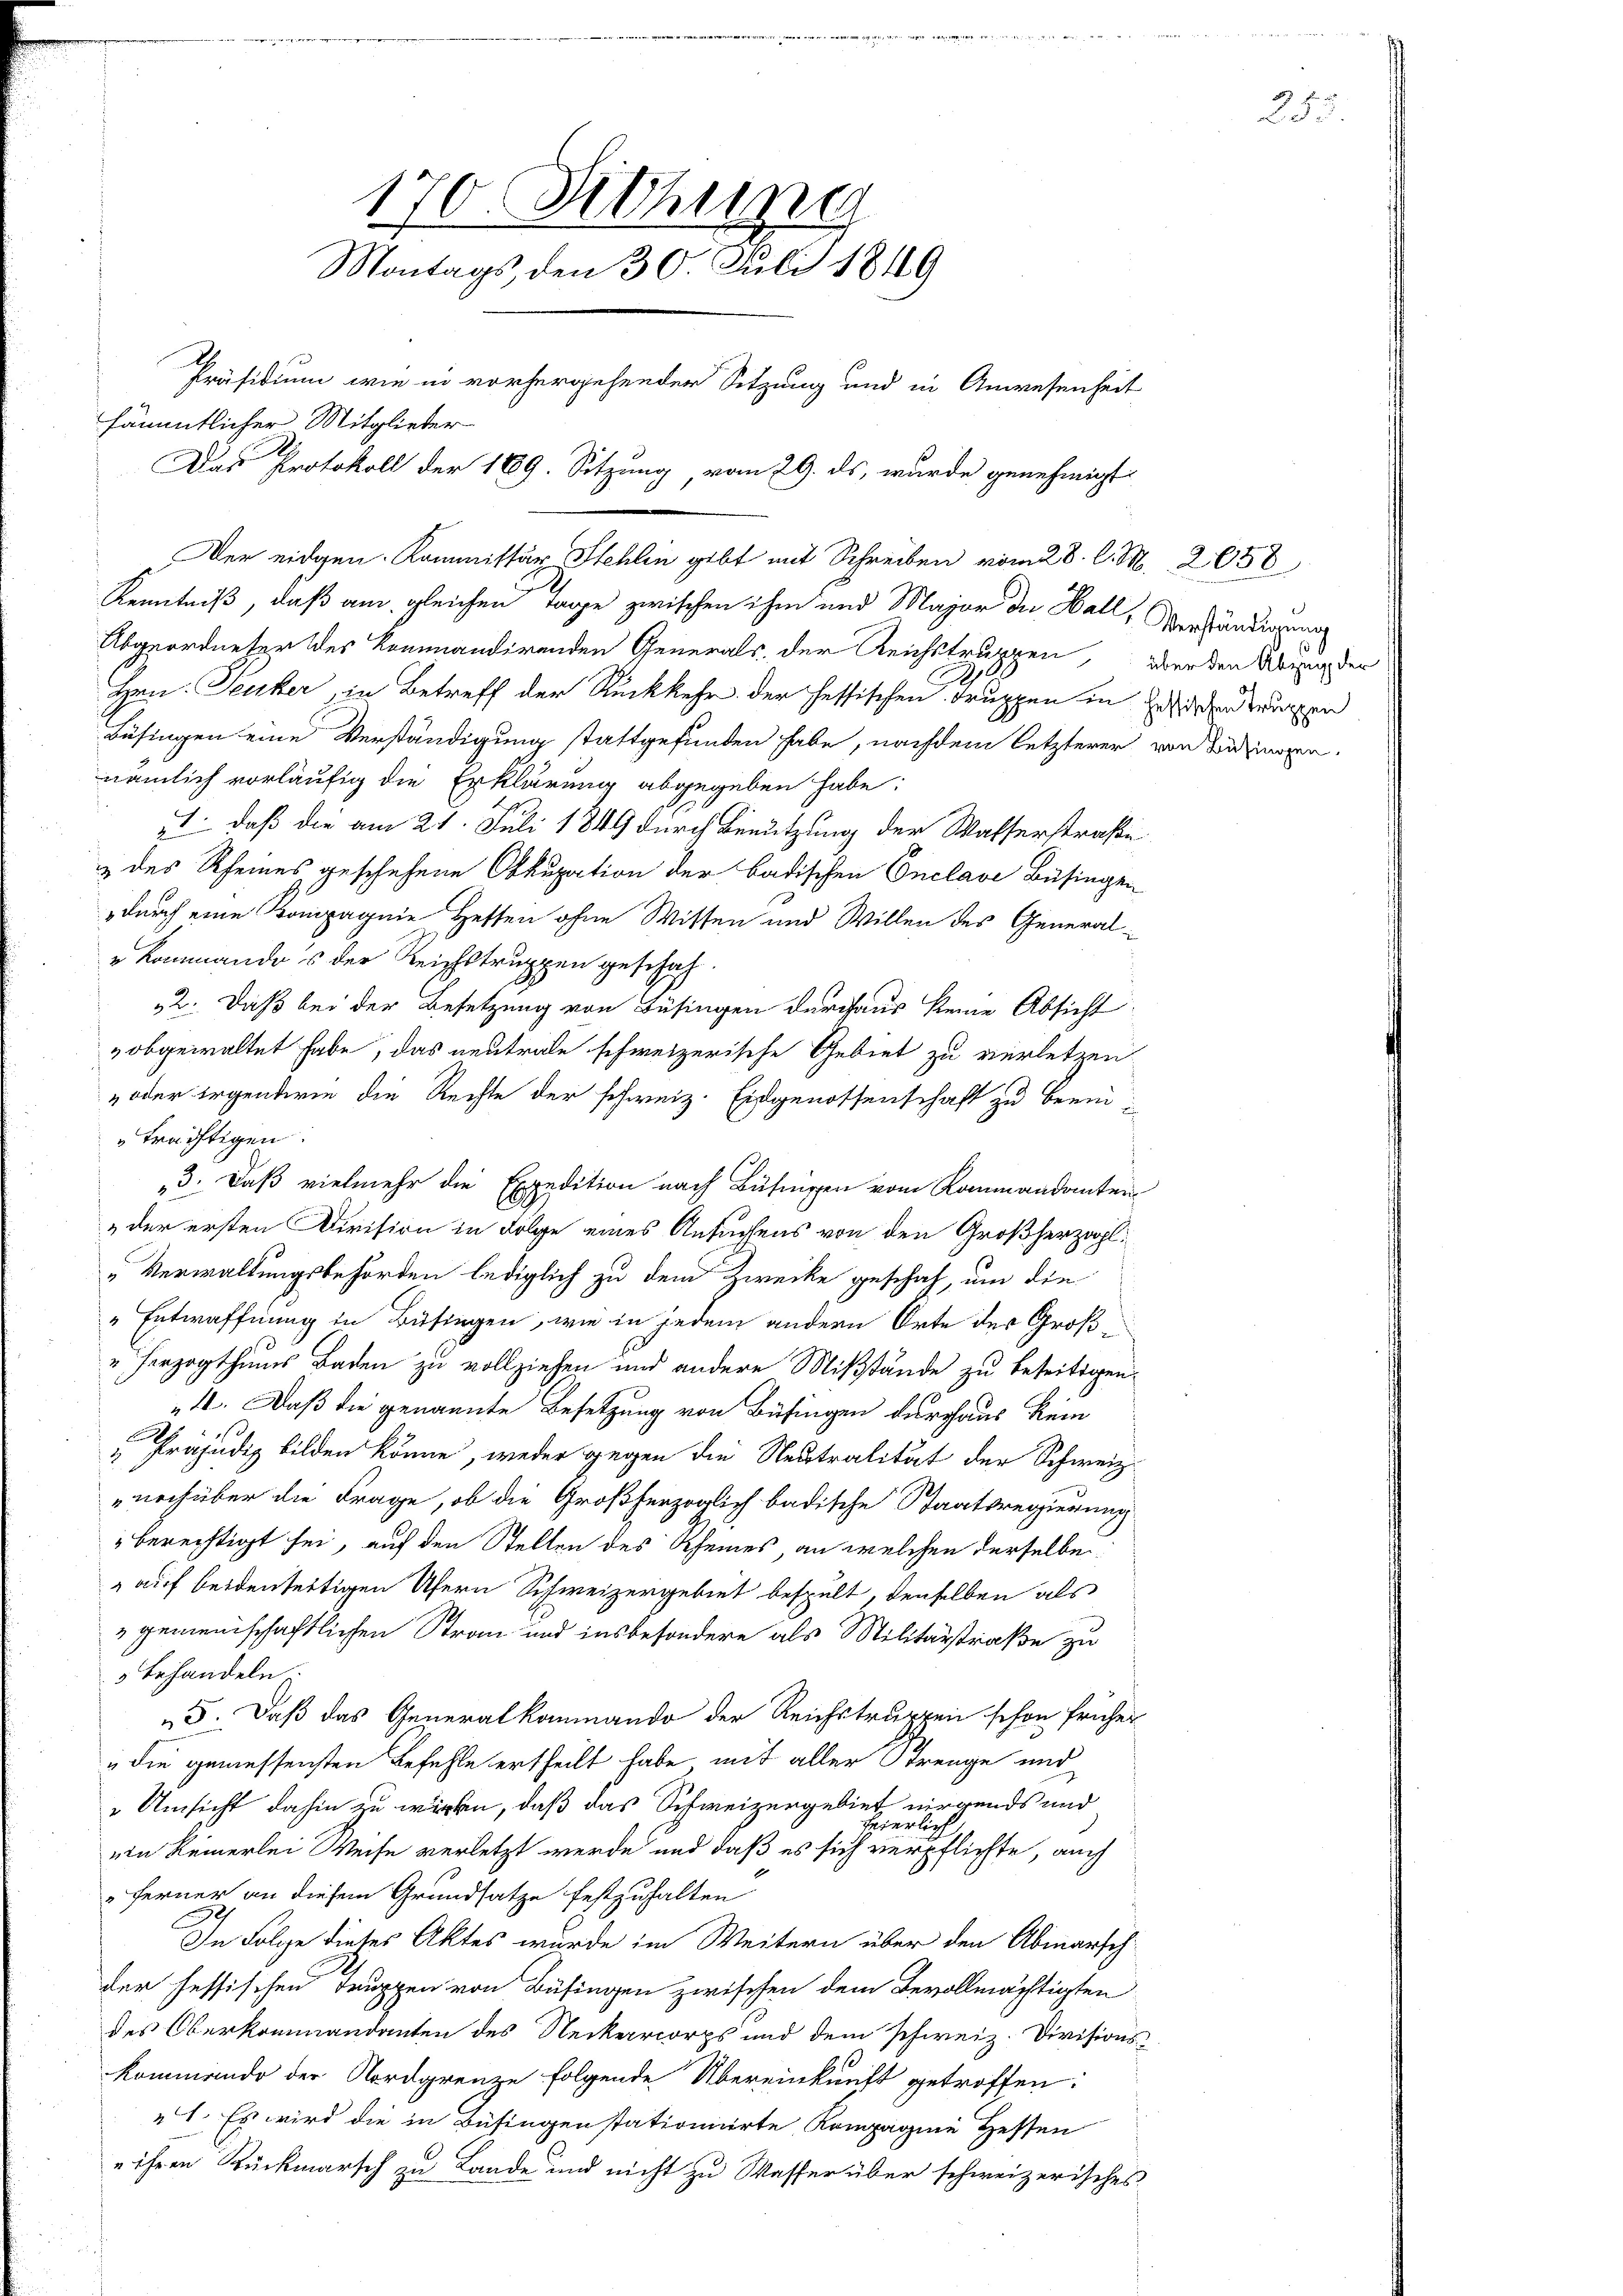
170. Siehung
Montags, den 30. Juli 1849
Präsidium wie in vorhergehender Sitzung und in Anwesenheit
sämmtlicher Mitglieder
Das Protokoll der 189. Sitzung, vom 29. ds, wurde genehmigt

Kenntniß, daß am gleichen Tage zwischen ihm und Major der Hall, Verhändigung
Abgeordneter des kommandirenden Generals der Reichstruppen, werden Übung der
t
Hrn. Tecker, in Betreff der Rückkehr der hessischen Truppen in wieden waren
Büsingen eine Verständigung stattgefunden habe, nachdem letzterer von Bedingen,
nämlich vorläufig die Erklärung abgegeben habe:
1., daß die am 21. Juli 1849 durch Benutzung der Wasserstraße
 des Rheines geschehene Abkupation der badischen Onclave Besingen
durch eine Kompagnie Heften ohne Wissen und Willen des General¬
„Kommandos der Reichstruppen geschah.
32. Daß bei der Besetzung von Büsingen durchaus keine Absicht
obgewaltet habe, das neutrale schweizerische Gebiet zu verletzen
 oder irgendwie die Rechte der schweiz. Eidgenossenschaft zu beeinträchtigen.
3. Daß vielmehr die Expedition nach Büsingen vom Kommandanten
der ersten Division in Folge eines Ansuchens von den Großherzogl.
„Verwaltungsbehörden lediglich zu dem Zwecke geschah, um die
" Entwaffnung in Büsingen, wie in jedem andern Orte der Groß¬
" herzogthums Baden zu vollziehen und andere Mißstände zu beseitigen.
4. Daß die genannte Besetzung von Büfingen durchaus kein
" Präjudiz bilden könne, weder gegen die Neutralität der Schweiz.
noch über die Frage, ob die Großherzoglich badische Staatsregierung
" berechtigt sei, auf den Stellen des Rheines, an welchen derselbe
" auf beidenseitigen Ufern Schweizergebiet bespült, denselben als
 gemeinschaftlichen Stran und insbesondere als Militärstraße zu
5 erhandeln
5. Daß das Generalkommando der Reichstruppen schon früher
„die gemessensten Befehle ertheilt habe mit aller Strenge und
"Umsicht dahin zu wirke, daß das Schweizergebiet nirgends und
feierlich.
ein keinerlei Weise verletzt werde und daß es sich verpflichte, auch
ferner an diesem Grundsatze festzuhalten
In Folge dieses Aktes wurde im Weitern über den Abmarschder fessischen Truppen von Büsingen zwischen dem Bevollmächtigten
des Oberkommandanten des Neckerrcorps und dem schweiz. Divisionskommende der Nordgrenze folgende Übereinkunft getroffen:
41. Es wird die in Büsingen stationirte Kompagnie Hessen
e ihren Rückmarsch zu Lande und nicht zu Wasser über schweizerisches

Der eidgen. Kommissär Stehlin gibt mit Schreiben vom 28. C. M. 2058

d

25